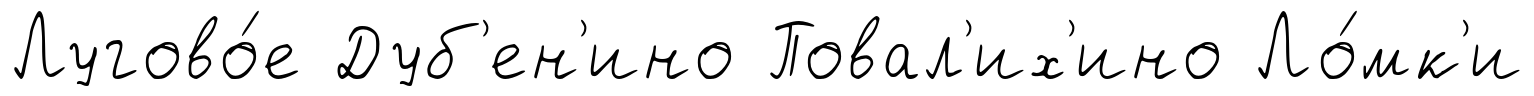
Лугово́е Дуб'ен'ино Повал'их'ино Ло́мк'и